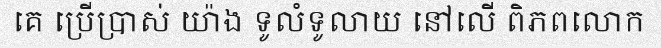
គេ ប្រើប្រាស់ យ៉ាង ទូលំទូលាយ នៅលើ ពិភពលោក